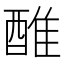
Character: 醀